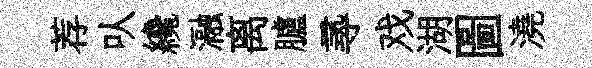
荐㕥纔瀜离臚𡬶戏湖圖澆